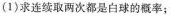
（1)求连续取两次都是白球的概率；